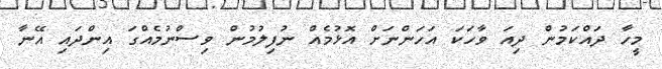
މީހާ ދައްކަމުން ދިއަ ވާހަކަ އަހަންނަށް އޮޅުމެއް ނުފިލުމުން ވިސްނުމެއްގަ އިންދައި އޭނާ